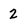
Character: 2